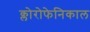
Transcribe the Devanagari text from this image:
क्लोरोफेनिकाल